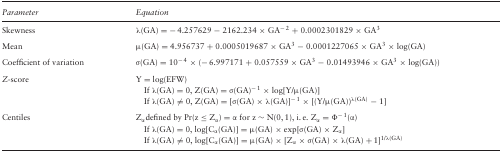
<table><thead><tr><td><b>Parameter</b></td><td><b>Equation</b></td></tr></thead><tbody><tr><td>Skewness</td><td>λ(GA) = − 4.257629 − 2162.234 × GA<sup>− 2</sup> + 0.0002301829 × GA<sup>3</sup></td></tr><tr><td>Mean</td><td>μ(GA) = 4.956737 + 0.0005019687 × GA<sup>3</sup> − 0.0001227065 × GA<sup>3</sup> × log(GA)</td></tr><tr><td>Coefficient of variation</td><td>σ(GA) = 10<sup>− 4</sup> × (− 6.997171 + 0.057559 × GA<sup>3</sup> − 0.01493946 × GA<sup>3</sup> × log(GA))</td></tr><tr><td><i>Z</i>‐score</td><td>Y = log(EFW)</td></tr><tr><td></td><td>If λ(GA) = 0, Z(GA) = σ(GA)<sup>− 1</sup> × log[Y/μ(GA)]</td></tr><tr><td></td><td>If λ(GA) ≠ 0, Z(GA) = [σ(GA) × λ(GA)]<sup>− 1</sup> × [(Y/μ(GA))<sup>λ(GA)</sup> − 1]</td></tr><tr><td>Centiles</td><td>Z<sub>α</sub>defined by Pr(z ≤ Z<sub>α</sub>) = α for z ∼ N(0, 1), i. e. Z<sub>α</sub> = Φ<sup>− 1</sup>(α)</td></tr><tr><td></td><td>If λ(GA) = 0, log[C<sub>α</sub>(GA)] = μ(GA) × exp[σ(GA) × Z<sub>α</sub>]</td></tr><tr><td></td><td>If λ(GA) ≠ 0, log[C<sub>α</sub>(GA)] = μ(GA) × [Z<sub>α</sub> × σ(GA) × λ(GA) + 1]<sup>1/λ(GA)</sup></td></tr></tbody></table>